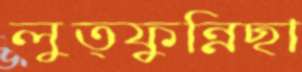
লুত্ফুন্নিছা